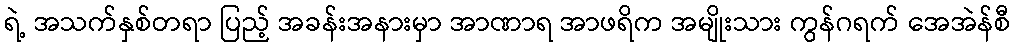
ရဲ့ အသက်နှစ်တရာ ပြည့် အခန်းအနားမှာ အာဏာရ အာဖရိက အမျိုးသား ကွန်ဂရက် အေအဲန်စီ